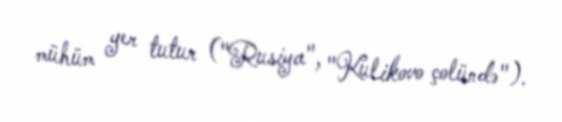
mühüm yer tutur ("Rusiya", "Kulikovo çolündə").